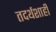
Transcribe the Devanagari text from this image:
तदर्थशाही